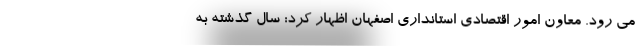
می رود. معاون امور اقتصادی استانداری اصفهان اظهار کرد: سال گذشته به